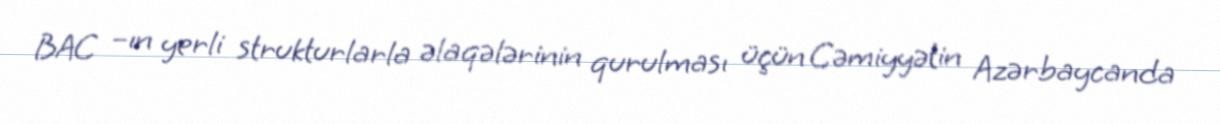
BAC –ın yerli strukturlarla əlaqələrinin qurulması üçün Cəmiyyətin Azərbaycanda